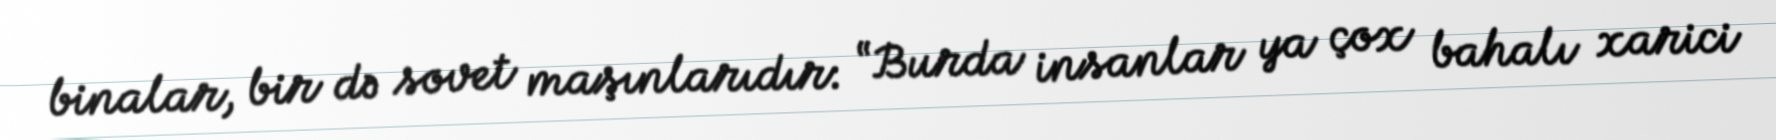
binalar, bir də sovet maşınlarıdır: “Burda insanlar ya çox bahalı xarici